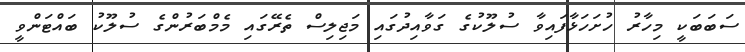
ސަބަބަކީ މިހާރު ހުށަހަޅާފައިވާ ސުލޫކުގެ ގަވާއިދުގައި މަޖިލިސް ތެރޭގައި މެމްބަރުންގެ ސުލޫކު ބައްޓަންވީ